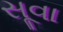
સૂવા